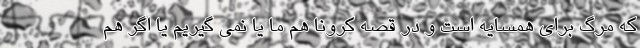
که مرگ برای همسایه است و در قصه کرونا هم ما یا نمی گیریم یا اگر هم